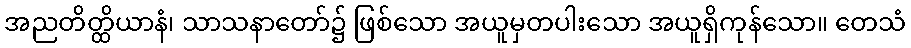
အညတိတ္ထိယာနံ၊ သာသနာတော်၌ ဖြစ်သော အယူမှတပါးသော အယူရှိကုန်သော။ တေသံ